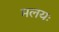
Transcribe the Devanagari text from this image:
मलयः